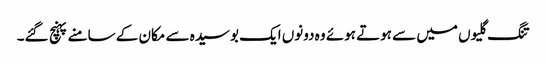
تنگ گلیوں میں سے ہوتے ہوئے وہ دونوں ایک بوسیدہ سے مکان کے سامنے پہنچ گئے۔